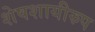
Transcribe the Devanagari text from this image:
शेषशायीरुप